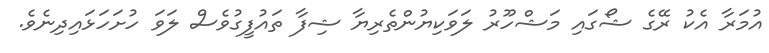
އުމަރާ އެކު ރޭގެ ޝޯގައި މަޝްހޫރު ލަވަކިޔުންތެރިޔާ ޝިފާ ތައުފީގުވެސް ލަވަ ހުށަހަޅައިދިނެވެ.